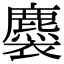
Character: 𧞯